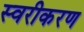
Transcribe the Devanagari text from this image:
स्वरीकरण